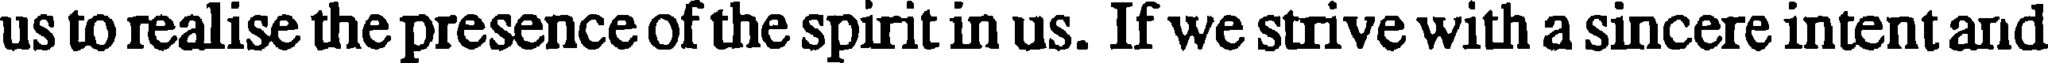
us to realise the presence of the spirit in us. If we strive with a sincere intent and